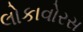
લોકાવોરસ